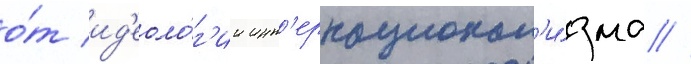
о́т ид'еоло́г'ии инт'ернационал'и́зма //